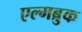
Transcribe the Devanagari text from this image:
एल्मब्रुक